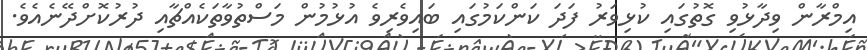
އިމްރާން ވިދާޅުވި ގޮތުގައި ކުޅިވަރު ފަދަ ކަންކަމުގައި ބައިވެރިވެ އުޅުމުން މަސްތުވާތަކެއްޗާއި ދުރުުކޮށްދޭނެއެވެ.